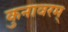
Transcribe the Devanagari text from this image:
कुनावरम्